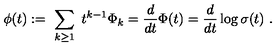
\phi ( t ) : = \ \sum _ { k \ge 1 } \ t ^ { k - 1 } \Phi _ { k } = { \frac { d } { d t } } \Phi ( t ) = { \frac { d } { d t } } \log \sigma ( t ) \ .